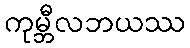
ကုမ္ဘီလဘယဿ